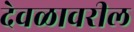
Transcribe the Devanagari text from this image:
देवळावरील